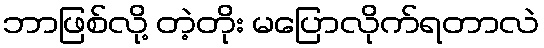
ဘာဖြစ်လို့ တဲ့တိုး မပြောလိုက်ရတာလဲ